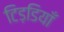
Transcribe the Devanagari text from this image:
टिड़डियाँ